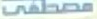
مصطفى